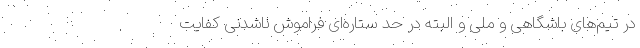
در تیم‌های باشگاهی و ملی و البته در حد ستاره‌ای فراموش ناشدنی کفایت